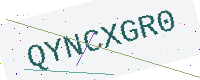
Text: QYNCXGR0